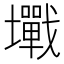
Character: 𡓥